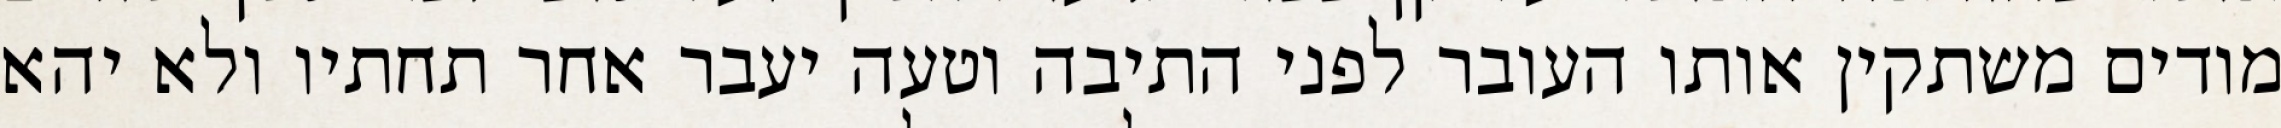
מודים משתקין אותו העובר לפני התיבה וטעה יעבר אחר תחתיו ולא יהא